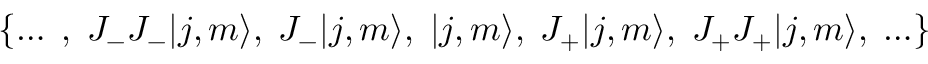
\{ \ldots \; , \; J _ { - } J _ { - } | j , m \rangle , \; J _ { - } | j , m \rangle , \; | j , m \rangle , \; J _ { + } | j , m \rangle , \; J _ { + } J _ { + } | j , m \rangle , \; \ldots \}